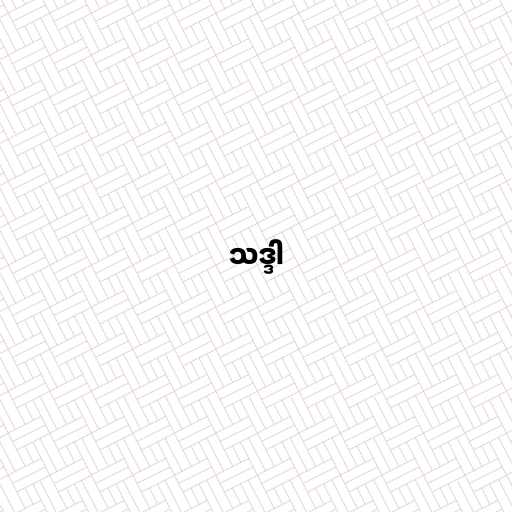
သဒ္ဒါ